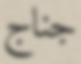
جناج